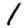
Digit: 1